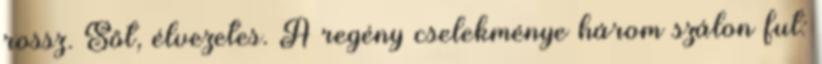
rossz. Sőt, élvezetes. A regény cselekménye három szálon fut: